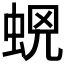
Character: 𧊫